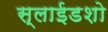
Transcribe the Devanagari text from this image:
स्लाईडशो